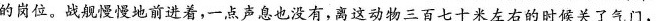
的岗位。战舰慢慢地前进着，一点声息也没有，离这动物三百七十米左右的时候关了气门，